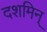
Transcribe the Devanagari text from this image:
दशमिन्‌